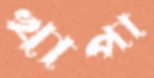
খাপা